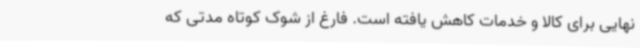
نهایی برای کالا و خدمات کاهش یافته است. فارغ از شوک کوتاه مدتی که